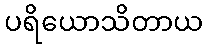
ပရိယောသိတာယ